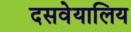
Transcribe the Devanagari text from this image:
दसवेयालिय